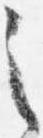
之